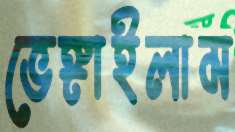
ভেঙ্গাইলাম